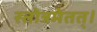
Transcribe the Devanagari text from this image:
स्तोत्रमेतत्।